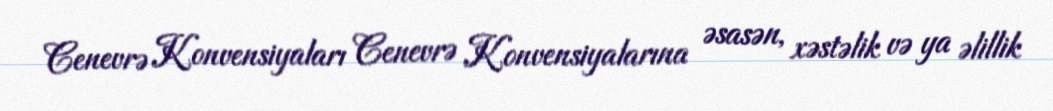
Cenevrə Konvensiyaları Cenevrə Konvensiyalarına əsasən, xəstəlik və ya əlillik